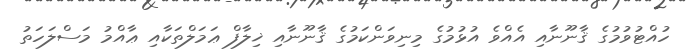
ހުއްޓުވުމުގެ ޤާނޫނާއި އެއްވެ އުޅުމުގެ މިނިވަންކަމުގެ ޤާނޫނާއި ޚިލާފް ޢަމަލްތަކާއި ޢާއްމު މަސްލަހަތު